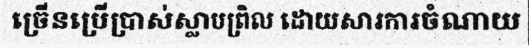
ច្រើនប្រើប្រាស់ស្លាបព្រិល ដោយសារការចំណាយ